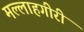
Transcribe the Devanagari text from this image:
मल्लाहगीरी